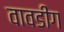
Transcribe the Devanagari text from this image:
वावडींग